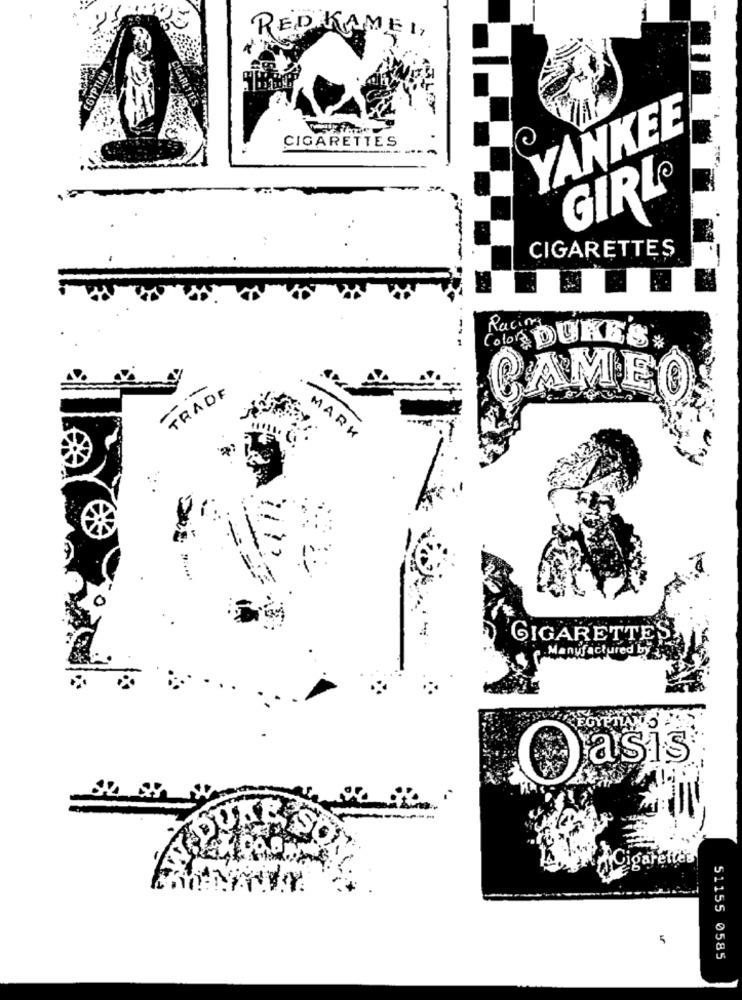
RED KAMED,
EGYPTIAN
YANKEE
CIGARETTES
GIRL®
CIGARETTES
Racing
Color DURES*
-- --
TRAOF
CAMEC
MARK
CIGARETTES,
. Manufactured by sol
asis
5
51155 0585